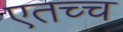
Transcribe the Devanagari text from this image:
एतच्च